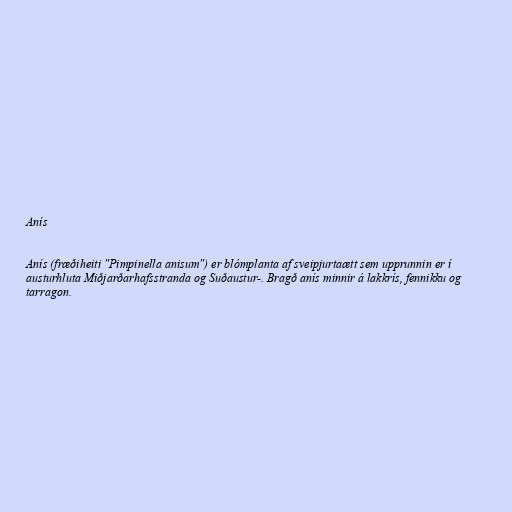
Anís

Anís (fræðiheiti "Pimpinella anisum") er blómplanta af sveipjurtaætt sem upprunnin er í
austurhluta Miðjarðarhafsstranda og Suðaustur-. Bragð anís minnir á lakkrís, fennikku og
tarragon.